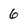
Character: 6